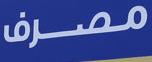
مصرف